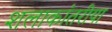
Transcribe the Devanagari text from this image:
शलाकांतरीया